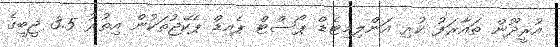
އުރީދޫން ތައާރަފު ކުރި އަންލިމިޓެޑް ޕޯސްޓް ޕެއިޑް ޕެކޭޖުތަކުން އިތުރު 3.5 ޖީބީގެ